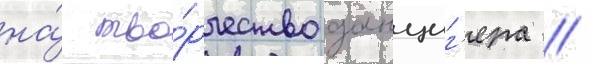
на́ тво́рчество данциг'ера //